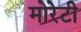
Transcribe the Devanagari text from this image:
मोरेटी